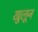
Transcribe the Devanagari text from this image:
खुलून